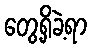
တွေ့ရှိခဲ့ရာ